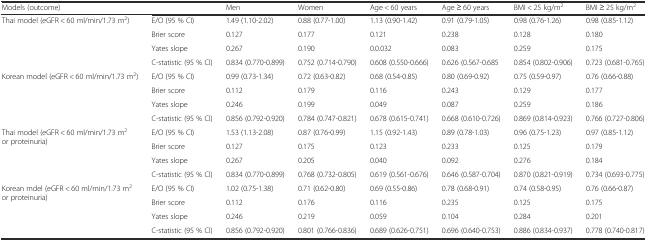
<table><thead><tr><td><b>Models (outcome)</b></td><td></td><td><b>Men</b></td><td><b>Women</b></td><td><b>Age &lt; 60 years</b></td><td><b>Age ≥ 60 years</b></td><td><b>BMI &lt; 25 kg/m<sup>2</sup></b></td><td><b>BMI ≥ 25 kg/m<sup>2</sup></b></td></tr></thead><tbody><tr><td rowspan="4">Thai model (eGFR &lt; 60 ml/min/1.73 m<sup>2</sup>)</td><td>E/O (95 % CI)</td><td>1.49 (1.10-2.02)</td><td>0.88 (0.77-1.00)</td><td>1.13 (0.90-1.42)</td><td>0.91 (0.79-1.05)</td><td>0.98 (0.76-1.26)</td><td>0.98 (0.85-1.12)</td></tr><tr><td>Brier score</td><td>0.127</td><td>0.177</td><td>0.121</td><td>0.238</td><td>0.128</td><td>0.180</td></tr><tr><td>Yates slope</td><td>0.267</td><td>0.190</td><td>0.0.032</td><td>0.083</td><td>0.259</td><td>0.175</td></tr><tr><td>C-statistic (95 % CI)</td><td>0.834 (0.770-0.899)</td><td>0.752 (0.714-0.790)</td><td>0.608 (0.550-0.666)</td><td>0.626 (0.567-0.685</td><td>0.854 (0.802-0.906)</td><td>0.723 (0.681-0.765)</td></tr><tr><td rowspan="4">Korean model (eGFR &lt; 60 ml/min/1.73 m<sup>2</sup>)</td><td>E/O (95 % CI)</td><td>0.99 (0.73-1.34)</td><td>0.72 (0.63-0.82)</td><td>0.68 (0.54-0.85)</td><td>0.80 (0.69-0.92)</td><td>0.75 (0.59-0.97)</td><td>0.76 (0.66-0.88)</td></tr><tr><td>Brier score</td><td>0.112</td><td>0.179</td><td>0.116</td><td>0.243</td><td>0.129</td><td>0.177</td></tr><tr><td>Yates slope</td><td>0.246</td><td>0.199</td><td>0.049</td><td>0.087</td><td>0.259</td><td>0.186</td></tr><tr><td>C-statistic (95 % CI)</td><td>0.856 (0.792-0.920)</td><td>0.784 (0.747-0.821)</td><td>0.678 (0.615-0.741)</td><td>0.668 (0.610-0.726)</td><td>0.869 (0.814-0.923)</td><td>0.766 (0.727-0.806)</td></tr><tr><td rowspan="4">Thai model (eGFR &lt; 60 ml/min/1.73 m<sup>2</sup> or proteinuria)</td><td>E/O (95 % CI)</td><td>1.53 (1.13-2.08)</td><td>0.87 (0.76-0.99)</td><td>1.15 (0.92-1.43)</td><td>0.89 (0.78-1.03)</td><td>0.96 (0.75-1.23)</td><td>0.97 (0.85-1.12)</td></tr><tr><td>Brier score</td><td>0.127</td><td>0.175</td><td>0.123</td><td>0.233</td><td>0.125</td><td>0.179</td></tr><tr><td>Yates slope</td><td>0.267</td><td>0.205</td><td>0.040</td><td>0.092</td><td>0.276</td><td>0.184</td></tr><tr><td>C-statistic (95 % CI)</td><td>0.834 (0.770-0.899)</td><td>0.768 (0.732-0.805)</td><td>0.619 (0.561-0.676)</td><td>0.646 (0.587-0.704)</td><td>0.870 (0.821-0.919)</td><td>0.734 (0.693-0.775)</td></tr><tr><td rowspan="4">Korean mdel (eGFR &lt; 60 ml/min/1.73 m<sup>2</sup> or proteinuria)</td><td>E/O (95 % CI)</td><td>1.02 (0.75-1.38)</td><td>0.71 (0.62-0.80)</td><td>0.69 (0.55-0.86)</td><td>0.78 (0.68-0.91)</td><td>0.74 (0.58-0.95)</td><td>0.76 (0.66-0.87)</td></tr><tr><td>Brier score</td><td>0.112</td><td>0.176</td><td>0.116</td><td>0.235</td><td>0.125</td><td>0.175</td></tr><tr><td>Yates slope</td><td>0.246</td><td>0.219</td><td>0.059</td><td>0.104</td><td>0.284</td><td>0.201</td></tr><tr><td>C-statistic (95 % CI)</td><td>0.856 (0.792-0.920)</td><td>0.801 (0.766-0.836)</td><td>0.689 (0.626-0.751)</td><td>0.696 (0.640-0.753)</td><td>0.886 (0.834-0.937)</td><td>0.778 (0.740-0.817)</td></tr></tbody></table>